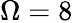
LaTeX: \Omega=8